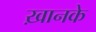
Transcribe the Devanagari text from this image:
ख़ानके